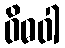
ဝိဓဝါ